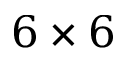
6 \times 6